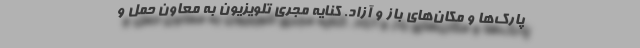
پارک‌ها و مکان‌های باز و آزاد. کنایه مجری تلویزیون به معاون حمل و